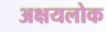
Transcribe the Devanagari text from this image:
अक्षयलोक